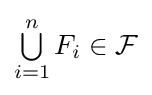
\textstyle \bigcup \limits _{i=1}^{n}F_{i}\in {\mathcal {F}}